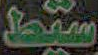
سيط